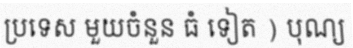
ប្រទេស មួយចំនួន ធំ ទៀត ) បុណ្យ